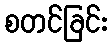
စတင်ခြင်း